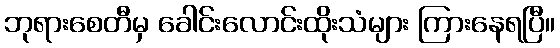
ဘုရားစေတီမှ ခေါင်းလောင်းထိုးသံများ ကြားနေရပြီ။